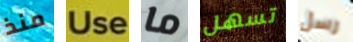
منذ Use ما تسهل رسل